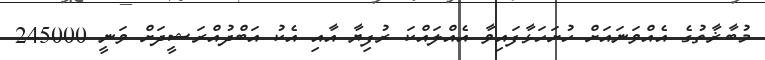
މުބާޜާތުގެ އެއްވަނައަށް ހުށަހަޅާފައިވާ އެއްލައްކަ ރުފިޔާ އާއި އެކު އަބްދުއްރަޝީދަށް ވަނީ 245000